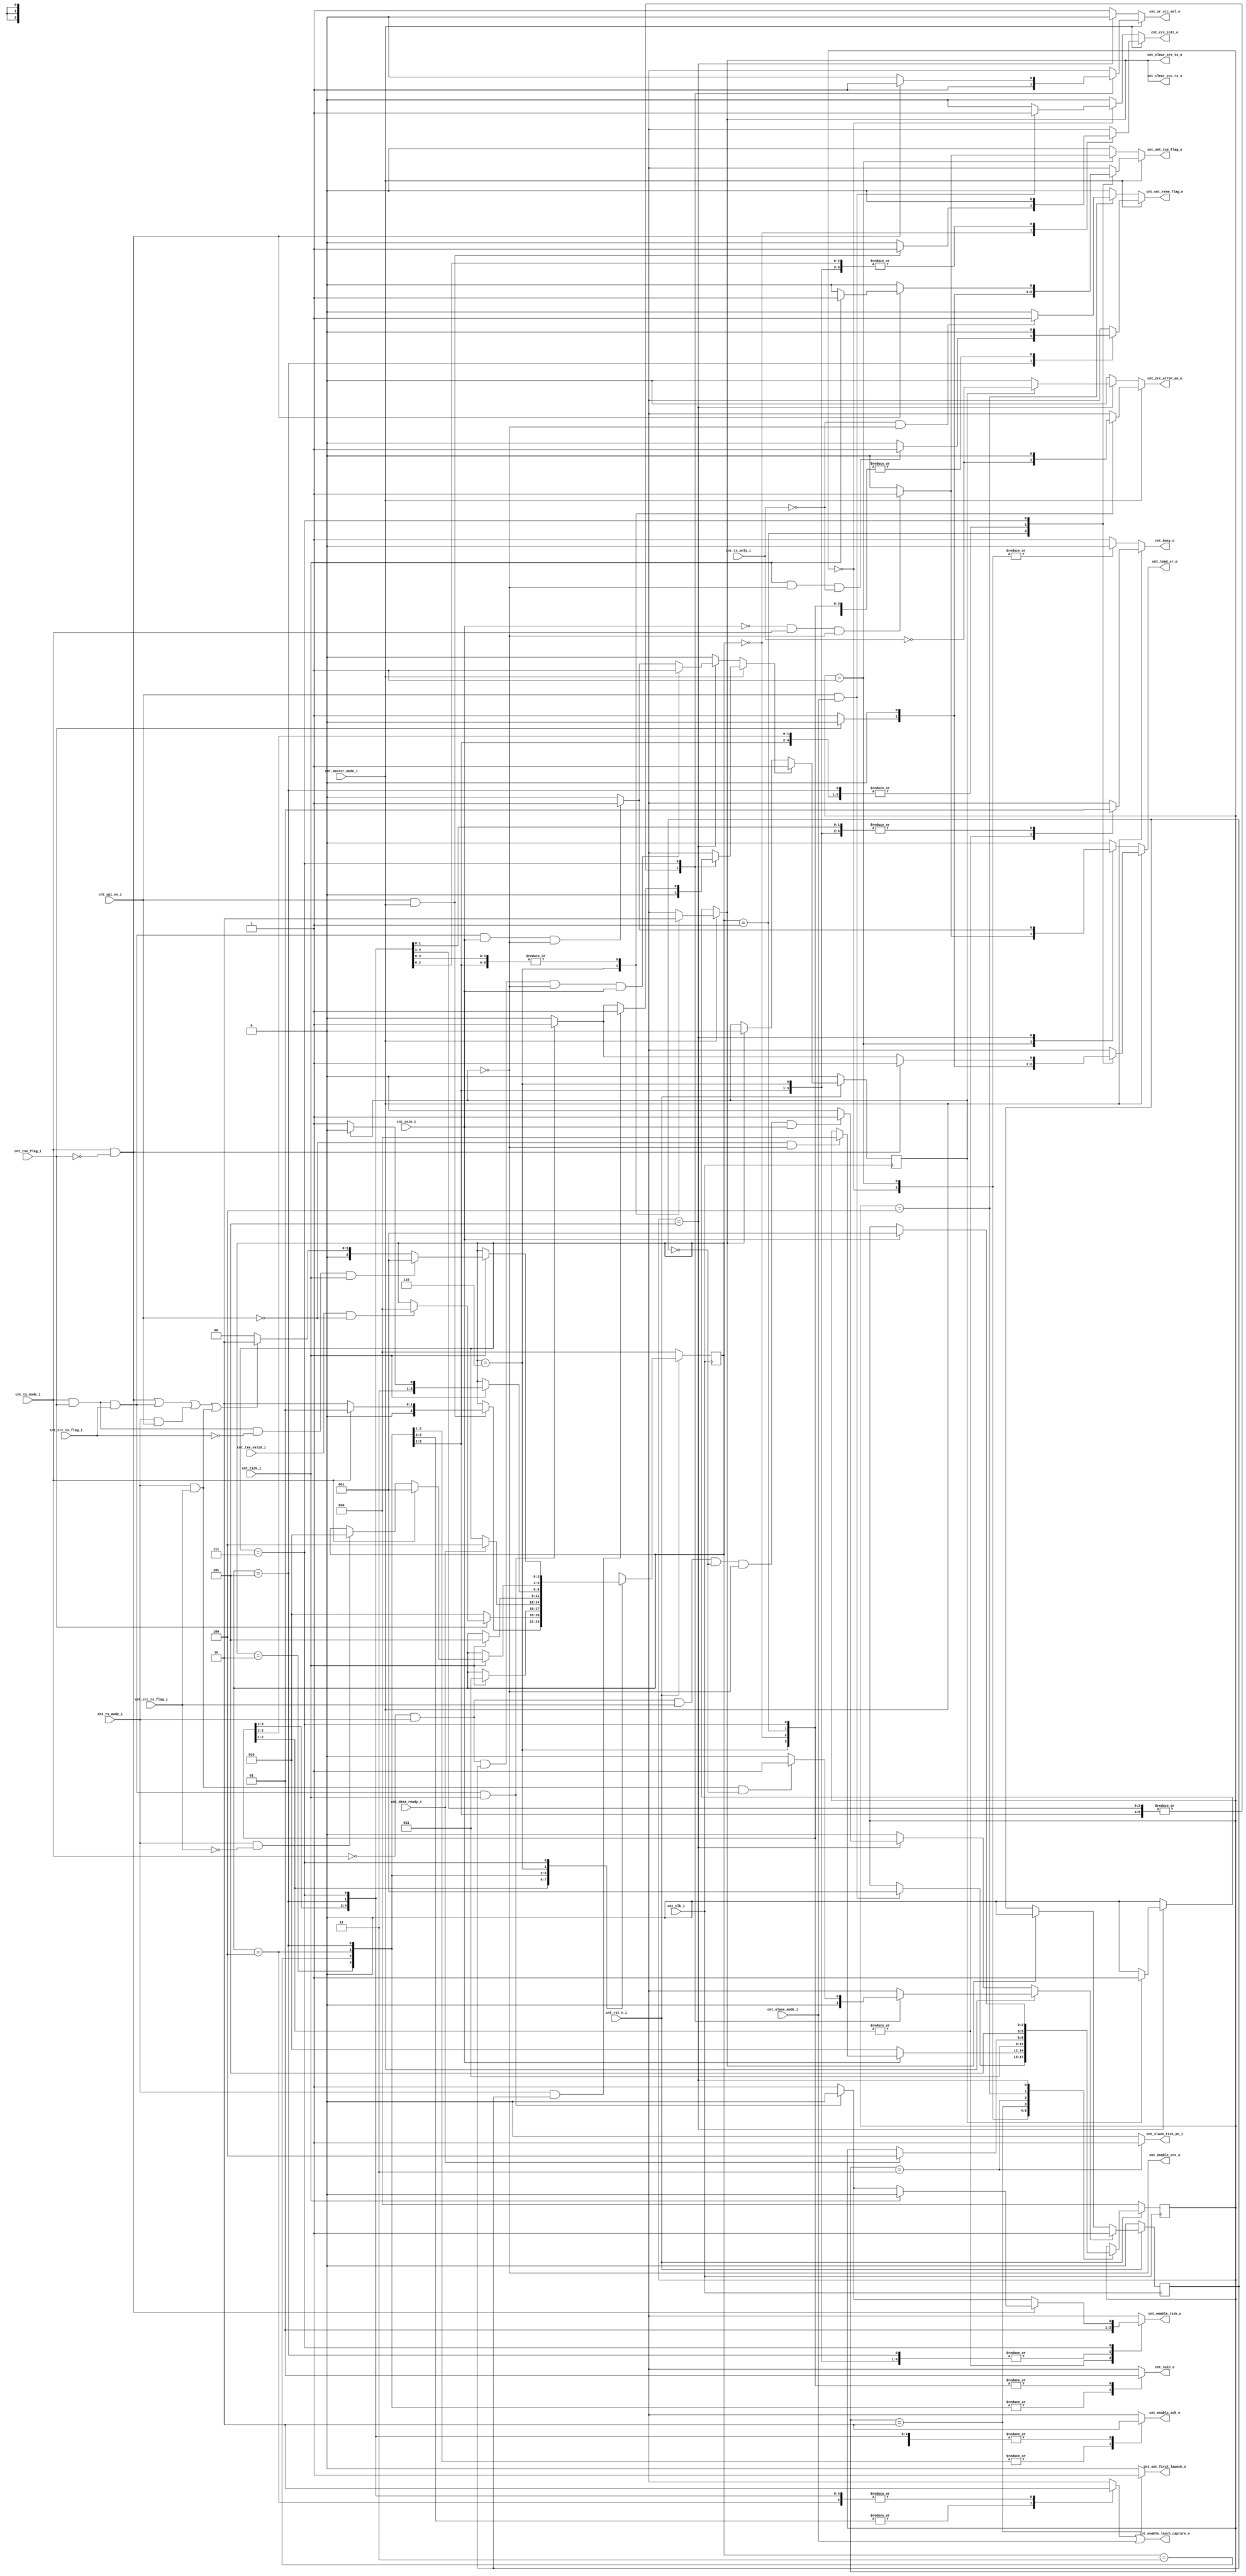
module spi_ip_control_unit
(
  output cnt_busy_o,
  output cnt_sr_src_sel_o,
  output cnt_load_sr_o,
  output cnt_set_txe_flag_o,
  output cnt_enable_tick_o,
  output cnt_ssin_o,
  output cnt_enable_lauch_capture_o,
  output cnt_enable_sck_o,
  output cnt_set_rxne_flag_o, 
  output cnt_clear_crc_tx_o,
  output cnt_clear_crc_rx_o,
  output cnt_crc_error_en_o, 
  output cnt_set_first_launch_o,
  output cnt_enable_crc_o,
  output cnt_crc_init_o,
  output reg cnt_slave_tick_en_i,
  input cnt_spi_en_i,
  input cnt_tx_mode_i,
  input cnt_master_mode_i,
  input cnt_slave_mode_i,
  input cnt_txe_flag_i,
  input cnt_txe_valid_i,
  input cnt_tick_i,
  input cnt_data_ready_i,
  input cnt_rx_mode_i,
  input cnt_crc_tx_flag_i,
  input cnt_tx_only_i,
  input cnt_crc_rx_flag_i,
  input cnt_ssin_i,
  input cnt_clk_i,
  input cnt_rst_n_i
);

//Master FSM STATES
localparam MASTER_IDLE           = 3'd0;
localparam MASTER_WAIT_TX_BUFFER = 3'd1;
localparam MASTER_SETUP          = 3'd2;
localparam MASTER_TX_RX          = 3'd3;
localparam MASTER_LSB            = 3'd4;
localparam MASTER_READ_BUFFER    = 3'd5;
localparam MASTER_CRC            = 3'd6;
localparam MASTER_END            = 3'd7;

//Slave FSM STATES
localparam SLAVE_IDLE          = 3'd0;
localparam SLAVE_WAIT_SSIN_ON  = 3'd1;
localparam SLAVE_SETUP         = 3'd2;
localparam SLAVE_ACTIVE        = 3'd3;
localparam SLAVE_READ_BUFFER   = 3'd4;
localparam SLAVE_WAIT_SSIN_OFF = 3'd5;

localparam ENABLE  = 1'b1;
localparam DISABLE = 1'b0;
localparam SSIN_ENABLE  = 1'b0;
localparam SSIN_DISABLE = 1'b1;

localparam SR_TX_BUFFER = 1'b1;
localparam SR_TX_CRC = 1'b0;

reg [2:0] master_state, master_next_state;
reg [2:0] slave_state, slave_next_state;

reg crc_phase;
reg crc_rx_last;

reg master_busy;
reg master_sr_src_sel;
reg master_load_sr;
reg master_set_txe_flag;
reg master_enable_tick; 
reg master_ssin;
reg master_enable_lauch_capture;
reg master_enable_sck;     
reg master_set_rxne_flag; 
reg master_set_crc_rx_last;  
reg master_set_crc_phase; 
reg master_clear_crc_tx;
reg master_clear_crc_rx;
reg master_clear_crc_phase;
reg master_clear_crc_rx_last;
reg master_crc_error_en; 
reg master_crc_init;
reg slave_set_crc_rx_last;  
reg slave_set_crc_phase; 
reg slave_clear_crc_tx;
reg slave_clear_crc_rx; 
reg slave_clear_crc_phase;
reg slave_clear_crc_rx_last;
reg slave_busy;
reg slave_load_sr;
reg slave_set_txe_flag;
reg slave_set_first_launch;
reg slave_set_rxne_flag;
reg slave_crc_error_en;
reg slave_sr_src_sel;
reg slave_crc_init;

//Master State Flop definition
always @(posedge cnt_clk_i)
  begin
    if(!cnt_rst_n_i)
      master_state <= MASTER_IDLE;
    else
      master_state <= master_next_state;
  end
  
//Next State Logic Definition
always @(*)
  begin
    master_next_state = master_state;
    case(master_state)
      MASTER_IDLE:
        begin
          if(cnt_spi_en_i && cnt_master_mode_i)
            master_next_state = ( cnt_tx_mode_i ) ? MASTER_WAIT_TX_BUFFER : MASTER_SETUP;
        end
      MASTER_WAIT_TX_BUFFER :
        begin
          if(!cnt_txe_flag_i)
            master_next_state = MASTER_SETUP;
          else
            if(cnt_txe_valid_i && !cnt_spi_en_i)
              master_next_state = MASTER_IDLE;
        end
      MASTER_SETUP :
        begin
          if(cnt_tick_i)
            master_next_state = MASTER_TX_RX;
        end
      MASTER_TX_RX:
        begin
          if(cnt_data_ready_i)
            master_next_state = MASTER_LSB;
        end
      MASTER_LSB:
        begin
          if(cnt_tick_i)
            master_next_state = MASTER_READ_BUFFER;          
        end
      MASTER_READ_BUFFER:
        begin
          if(cnt_tick_i)
            master_next_state = ( crc_phase ) ? MASTER_CRC : MASTER_END;             
        end
      MASTER_CRC:
        begin
          if(cnt_tick_i)
            begin
              if(cnt_tx_mode_i)
                master_next_state = MASTER_WAIT_TX_BUFFER;
              else
                if(cnt_rx_mode_i && !cnt_crc_rx_flag_i)
                  master_next_state = MASTER_SETUP;
            end
        end
      MASTER_END:
        begin
          if(cnt_tick_i)
            begin
              master_next_state = MASTER_IDLE;
              if((cnt_tx_mode_i && !cnt_txe_flag_i)                      ||
                 (cnt_tx_mode_i &&  cnt_txe_flag_i && cnt_crc_tx_flag_i) ||
                 (cnt_rx_mode_i && cnt_spi_en_i)                         ||
                 (cnt_rx_mode_i && cnt_crc_rx_flag_i)                    
                 )
                 master_next_state = MASTER_SETUP;
              if(cnt_tx_mode_i && cnt_txe_flag_i && !cnt_crc_tx_flag_i && cnt_tick_i)
                master_next_state = MASTER_WAIT_TX_BUFFER;
            end
        end
    endcase
  end
  
assign cnt_enable_crc_o = !crc_phase;

//Output Logic
always @(*)
  begin
    master_busy = ENABLE;
    master_sr_src_sel = SR_TX_BUFFER;
    master_load_sr = DISABLE;
    master_set_txe_flag = DISABLE;
    master_enable_tick = ENABLE; 
    master_ssin = SSIN_ENABLE;
    master_enable_lauch_capture = DISABLE;
    master_enable_sck = DISABLE;     
    master_set_rxne_flag = DISABLE; 
    master_set_crc_rx_last = DISABLE;  
    master_set_crc_phase = DISABLE; 
    master_clear_crc_tx = DISABLE;
    master_clear_crc_rx = DISABLE;
    master_clear_crc_phase = DISABLE;
    master_clear_crc_rx_last = DISABLE;
    master_crc_error_en = DISABLE;
    master_crc_init = DISABLE;     
    case(master_state)
      MASTER_IDLE:
        begin
          master_busy = DISABLE;
          master_ssin = SSIN_DISABLE;
          master_enable_tick = DISABLE;
          if(cnt_spi_en_i && cnt_master_mode_i)
            master_crc_init = ENABLE;
        end
      MASTER_WAIT_TX_BUFFER :
        begin
          master_busy = DISABLE;
          master_ssin = SSIN_DISABLE;
          master_enable_tick = DISABLE;
          if(!cnt_txe_flag_i)
            begin
              master_load_sr = ENABLE;
              master_set_txe_flag = ENABLE;
            end
        end
      MASTER_SETUP :
        begin
          master_enable_lauch_capture = ENABLE;
        end
      MASTER_TX_RX:
        begin
          master_enable_sck = ENABLE;
          master_enable_lauch_capture = ENABLE;
        end
      MASTER_LSB:
        begin
          master_enable_sck = ENABLE;
        end
      MASTER_READ_BUFFER:
        begin
          if(cnt_tick_i && !crc_phase && !cnt_tx_only_i)
            master_set_rxne_flag = ENABLE;
        end
      MASTER_CRC:
        begin
          master_ssin = SSIN_DISABLE;
          master_clear_crc_tx = ENABLE;
          master_clear_crc_rx = ENABLE;
          master_clear_crc_phase = ENABLE;
          master_clear_crc_rx_last = ENABLE;
          master_crc_error_en = ~cnt_tx_only_i;
        end
      MASTER_END:
        begin
          master_ssin = SSIN_DISABLE;
          master_sr_src_sel = SR_TX_CRC;
          if(cnt_tx_mode_i && cnt_txe_flag_i && cnt_crc_tx_flag_i && cnt_tick_i)
            begin
              master_set_crc_phase = ENABLE;
              master_load_sr = ENABLE;
              master_enable_tick = DISABLE;
            end
          if(cnt_tx_mode_i && !cnt_txe_flag_i)
            begin
              master_sr_src_sel = SR_TX_BUFFER;
              master_load_sr = ENABLE;
              if(cnt_tick_i)
                begin
                  master_set_txe_flag = ENABLE;
                  master_enable_tick = DISABLE;
                end
            end
          if(cnt_rx_mode_i && cnt_crc_rx_flag_i && !crc_rx_last)
            master_set_crc_rx_last = ENABLE;
          if(cnt_rx_mode_i && crc_rx_last)
            master_set_crc_phase = ENABLE;
        end
    endcase
  end

//Slave State Flop definition
always @(posedge cnt_clk_i)
  begin
    if(!cnt_rst_n_i)
      slave_state <= SLAVE_IDLE;
    else
      slave_state <= slave_next_state;
  end

always @(*)
  begin
    slave_next_state = slave_state;
    case(slave_state)
      SLAVE_IDLE:
        begin
          if(cnt_spi_en_i && cnt_slave_mode_i)
            slave_next_state = SLAVE_WAIT_SSIN_ON;
        end
      SLAVE_WAIT_SSIN_ON:
        begin
          if(!cnt_ssin_i)
            slave_next_state = SLAVE_SETUP;
          else
            if(!cnt_spi_en_i && !crc_phase)
              slave_next_state = SLAVE_IDLE;
        end 
      SLAVE_SETUP:
        begin
          slave_next_state = SLAVE_ACTIVE;
        end     
      SLAVE_ACTIVE:
        begin
          if(cnt_data_ready_i)
            slave_next_state = SLAVE_READ_BUFFER;
        end      
      SLAVE_READ_BUFFER:
        begin
          slave_next_state = SLAVE_WAIT_SSIN_OFF;
        end      
      SLAVE_WAIT_SSIN_OFF:
        begin
          if(cnt_ssin_i)
            slave_next_state = SLAVE_WAIT_SSIN_ON;
        end      
    endcase
  end
  
always @(*)
  begin
    slave_busy = ENABLE;
    slave_load_sr = DISABLE;
    slave_set_txe_flag = DISABLE;
    slave_set_first_launch = DISABLE;
    slave_set_rxne_flag = DISABLE;
    slave_set_crc_phase = DISABLE;
    slave_set_crc_rx_last = DISABLE;
    slave_clear_crc_phase = DISABLE;
    slave_clear_crc_rx = DISABLE;
    slave_clear_crc_tx = DISABLE;
    slave_clear_crc_rx_last = DISABLE;
    slave_crc_error_en = DISABLE;
    slave_sr_src_sel = SR_TX_BUFFER;
    cnt_slave_tick_en_i = DISABLE;
    slave_crc_init = DISABLE;
    case(slave_state)
      SLAVE_IDLE:
        begin
          slave_busy = DISABLE;
          if(cnt_spi_en_i && cnt_slave_mode_i)
            slave_crc_init = ENABLE;
          //slave_sr_src_sel = SR_TX_BUFFER;
          //if(cnt_spi_en_i && cnt_slave_mode_i && cnt_tx_mode_i)
          //  begin
          //    slave_set_txe_flag = ENABLE;
          //    slave_load_sr = ENABLE;
          //  end
        end
      SLAVE_WAIT_SSIN_ON:
        begin
          slave_busy = DISABLE;
          //if(!cnt_ssin_i)
          //  slave_set_first_launch = ENABLE;
          slave_sr_src_sel = SR_TX_BUFFER;
          if(!cnt_ssin_i && cnt_tx_mode_i && !crc_phase)
            begin
              slave_set_txe_flag = ENABLE;
              slave_load_sr = ENABLE;
            end
        end      
      SLAVE_SETUP:
        begin
          slave_set_first_launch = ENABLE;
        end
      SLAVE_ACTIVE:
        begin
          cnt_slave_tick_en_i = ENABLE;
        end      
      SLAVE_READ_BUFFER:
        begin
          if(!cnt_tx_only_i && !crc_phase)
            slave_set_rxne_flag = ENABLE;
        end      
      SLAVE_WAIT_SSIN_OFF:
        begin
          slave_sr_src_sel = SR_TX_CRC;
          if(cnt_tx_mode_i && cnt_txe_flag_i && cnt_crc_tx_flag_i && cnt_ssin_i && !crc_phase)
            begin
              slave_set_crc_phase = ENABLE;
              slave_load_sr = ENABLE;
            end
          if(!cnt_tx_mode_i && cnt_rx_mode_i && cnt_crc_rx_flag_i && !crc_rx_last && !crc_phase && cnt_ssin_i)
            slave_set_crc_rx_last = ENABLE;
          if(!cnt_tx_mode_i && cnt_rx_mode_i && crc_rx_last && !crc_phase && cnt_ssin_i)
            slave_set_crc_phase = ENABLE;
          if(crc_phase)
            begin
              slave_clear_crc_phase = ENABLE;
              slave_clear_crc_rx = ENABLE;
              slave_clear_crc_tx = ENABLE;
              slave_clear_crc_rx_last = ENABLE;
              slave_crc_error_en = ~cnt_tx_only_i;
            end
        end 
    endcase
  end
  
assign set_crc_phase = (cnt_master_mode_i) ? master_set_crc_phase : slave_set_crc_phase;
assign clear_crc_phase = (cnt_master_mode_i) ? master_clear_crc_phase : slave_clear_crc_phase;

assign set_crc_rx_last = (cnt_master_mode_i) ? master_set_crc_rx_last : slave_set_crc_rx_last;
assign clear_crc_rx_last = (cnt_master_mode_i) ? master_clear_crc_rx_last : slave_clear_crc_rx_last;

always @(posedge cnt_clk_i)
  begin
    if(!cnt_rst_n_i)
      crc_phase <= 1'b0;
    else
      if(set_crc_phase)
        crc_phase <= 1'b1;
      else
        if(clear_crc_phase)
          crc_phase <= 1'b0;
  end
  
always @(posedge cnt_clk_i)
  begin
    if(!cnt_rst_n_i)
      crc_rx_last <= 1'b0;
    else
      if(set_crc_rx_last)
        crc_rx_last <= 1'b1;
      else
        if(clear_crc_rx_last)
          crc_rx_last <= 1'b0;
  end
  
assign cnt_busy_o = (cnt_master_mode_i) ? master_busy : slave_busy;
assign cnt_sr_src_sel_o = (cnt_master_mode_i) ? master_sr_src_sel : slave_sr_src_sel;
assign cnt_load_sr_o = (cnt_master_mode_i) ? master_load_sr : slave_load_sr;
assign cnt_set_txe_flag_o = (cnt_master_mode_i) ? master_set_txe_flag : slave_set_txe_flag;
assign cnt_enable_tick_o = master_enable_tick; 
assign cnt_ssin_o = master_ssin;
assign cnt_enable_lauch_capture_o = master_enable_lauch_capture | cnt_slave_mode_i;
assign cnt_set_first_launch_o = slave_set_first_launch;
assign cnt_enable_sck_o = master_enable_sck;     
assign cnt_set_rxne_flag_o = (cnt_master_mode_i) ? master_set_rxne_flag : slave_set_rxne_flag;
assign cnt_clear_crc_tx_o = (cnt_master_mode_i) ? master_clear_crc_tx : slave_clear_crc_tx;
assign cnt_clear_crc_rx_o = (cnt_master_mode_i) ? master_clear_crc_rx : slave_clear_crc_rx;
assign cnt_crc_error_en_o = (cnt_master_mode_i) ? master_crc_error_en : slave_crc_error_en;
assign cnt_crc_init_o = (cnt_master_mode_i) ? master_crc_init : slave_crc_init;

endmodule